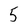
Character: 5